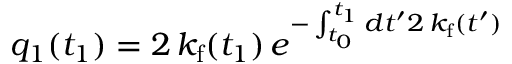
q _ { 1 } ( t _ { 1 } ) = 2 \, k _ { \mathrm { f } } ( t _ { 1 } ) \, e ^ { - \int _ { t _ { 0 } } ^ { t _ { 1 } } d t ^ { \prime } 2 \, k _ { \mathrm { f } } ( t ^ { \prime } ) }